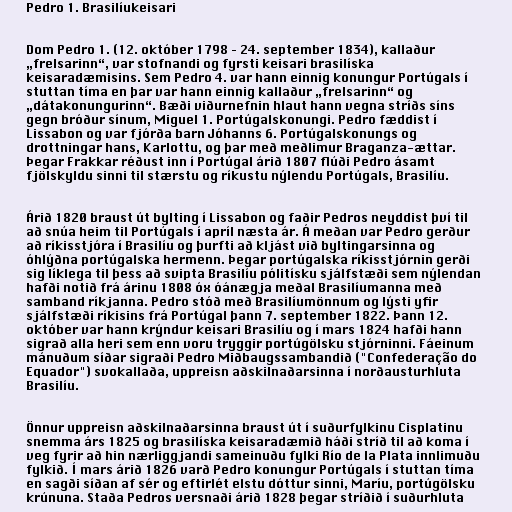
Pedro 1. Brasilíukeisari

Dom Pedro 1. (12. október 1798 – 24. september 1834), kallaður
„frelsarinn“, var stofnandi og fyrsti keisari brasilíska
keisaradæmisins. Sem Pedro 4. var hann einnig konungur Portúgals í
stuttan tíma en þar var hann einnig kallaður „frelsarinn“ og
„dátakonungurinn“. Bæði viðurnefnin hlaut hann vegna stríðs síns
gegn bróður sínum, Miguel 1. Portúgalskonungi. Pedro fæddist í
Lissabon og var fjórða barn Jóhanns 6. Portúgalskonungs og
drottningar hans, Karlottu, og þar með meðlimur Braganza-ættar.
Þegar Frakkar réðust inn í Portúgal árið 1807 flúði Pedro ásamt
fjölskyldu sinni til stærstu og ríkustu nýlendu Portúgals, Brasilíu.

Árið 1820 braust út bylting í Lissabon og faðir Pedros neyddist því til
að snúa heim til Portúgals í apríl næsta ár. Á meðan var Pedro gerður
að ríkisstjóra í Brasilíu og þurfti að kljást við byltingarsinna og
óhlýðna portúgalska hermenn. Þegar portúgalska ríkisstjórnin gerði
sig líklega til þess að svipta Brasilíu pólitísku sjálfstæði sem nýlendan
hafði notið frá árinu 1808 óx óánægja meðal Brasilíumanna með
samband ríkjanna. Pedro stóð með Brasilíumönnum og lýsti yfir
sjálfstæði ríkisins frá Portúgal þann 7. september 1822. Þann 12.
október var hann krýndur keisari Brasilíu og í mars 1824 hafði hann
sigrað alla heri sem enn voru tryggir portúgölsku stjórninni. Fáeinum
mánuðum síðar sigraði Pedro Miðbaugssambandið ("Confederação do
Equador") svokallaða, uppreisn aðskilnaðarsinna í norðausturhluta
Brasilíu.

Önnur uppreisn aðskilnaðarsinna braust út í suðurfylkinu Cisplatinu
snemma árs 1825 og brasilíska keisaradæmið háði stríð til að koma í
veg fyrir að hin nærliggjandi sameinuðu fylki Río de la Plata innlimuðu
fylkið. Í mars árið 1826 varð Pedro konungur Portúgals í stuttan tíma
en sagði síðan af sér og eftirlét elstu dóttur sinni, Maríu, portúgölsku
krúnuna. Staða Pedros versnaði árið 1828 þegar stríðið í suðurhluta